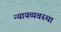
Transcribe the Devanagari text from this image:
न्‍यायव्‍यवस्‍था